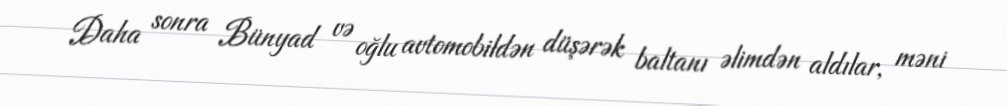
Daha sonra Bünyad və oğlu avtomobildən düşərək baltanı əlimdən aldılar, məni